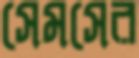
সেমসের